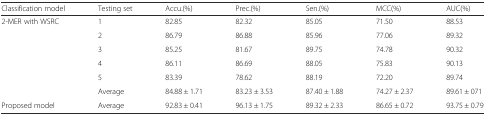
<table><thead><tr><td><b>Classification model</b></td><td><b>Testing set</b></td><td><b>Accu.(%)</b></td><td><b>Prec.(%)</b></td><td><b>Sen.(%)</b></td><td><b>MCC(%)</b></td><td><b>AUC(%)</b></td></tr></thead><tbody><tr><td rowspan="6">2-MER with WSRC</td><td>1</td><td>82.85</td><td>82.32</td><td>85.05</td><td>71.50</td><td>88.53</td></tr><tr><td>2</td><td>86.79</td><td>86.88</td><td>85.96</td><td>77.06</td><td>89.32</td></tr><tr><td>3</td><td>85.25</td><td>81.67</td><td>89.75</td><td>74.78</td><td>90.32</td></tr><tr><td>4</td><td>86.11</td><td>86.69</td><td>88.05</td><td>75.83</td><td>90.13</td></tr><tr><td>5</td><td>83.39</td><td>78.62</td><td>88.19</td><td>72.20</td><td>89.74</td></tr><tr><td>Average</td><td>84.88 ± 1.71</td><td>83.23 ± 3.53</td><td>87.40 ± 1.88</td><td>74.27 ± 2.37</td><td>89.61 ± 071</td></tr><tr><td>Proposed model</td><td>Average</td><td>92.83 ± 0.41</td><td>96.13 ± 1.75</td><td>89.32 ± 2.33</td><td>86.65 ± 0.72</td><td>93.75 ± 0.79</td></tr></tbody></table>